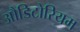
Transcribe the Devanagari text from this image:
औडिटोरियम